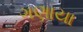
ગણાયા